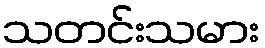
သတင်းသမား